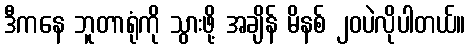
ဒီကနေ ဘူတာရုံကို သွားဖို့ အချိန် မိနစ် ၂၀ပဲလိုပါတယ်။